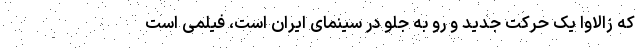
که زالاوا یک حرکت جدید و رو به جلو در سینمای ایران است، فیلمی است